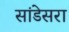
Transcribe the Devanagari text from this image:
सांडेसरा